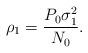
LaTeX: \begin{align*}\rho_1=\frac{P_0\sigma_1^2}{N_0}.\end{align*}